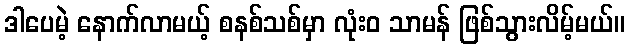
ဒါပေမဲ့ နောက်လာမယ့် စနစ်သစ်မှာ လုံးဝ သာမန် ဖြစ်သွားလိမ့်မယ်။